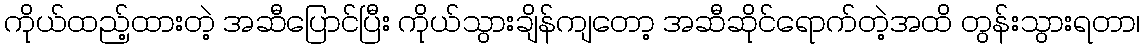
ကိုယ်ထည့်ထားတဲ့ အဆီပြောင်ပြီး ကိုယ်သွားချိန်ကျတော့ အဆီဆိုင်ရောက်တဲ့အထိ တွန်းသွားရတာ၊